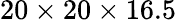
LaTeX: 20\times 20\times 16.5